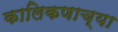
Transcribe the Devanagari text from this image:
कालिकणाच्या